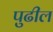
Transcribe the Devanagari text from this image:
पुुढील